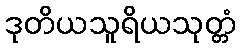
ဒုတိယသူရိယသုတ္တံ